Civil Veterinary Dept. Bombay admin report 1900-1906 - 1900-1906
Year: 1900
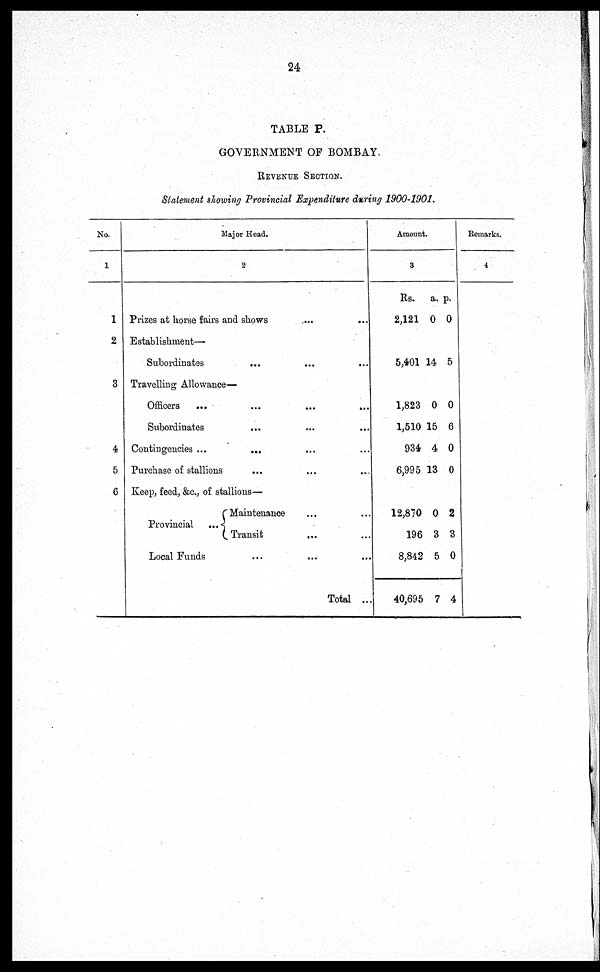
24
TABLE P.
GOVERNMENT OF BOMBAY.
REVENUE SECTION.
Statement showing Provincial Expenditure during 1900-1901.
No.
1
1
2
3
4
5
6
Major Head.
2
Prizes at horse fairs and shows ... ...
Establishment—
Subordinates
... ... ...
Travelling Allowance—
Officers ... ... ... ...
Subordinates ... ... ...
Contingencies ...
... ... ...
Purchase of stallions ... ... ...
Keep, feed, &c., of stallions—
Provincial
...
Maintenance ... ...
Transit
... ...
Local Funds
Total ...
Amount.
3
Rs.
2,121
a.
0
p.
0
5,401 14 5
1,823
1,510
934
6,995
0
15
4
13
0
6
0
0
12,870
196
8,842
40,695
0
3
5
7
2
3
0
4
Remarks.
4